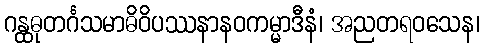
ဂန္ထဓုတင်္ဂသမာဓိဝိပဿနာနဝကမ္မာဒီနံ၊ အညတရဝသေန၊